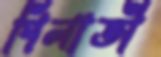
গিলাতী